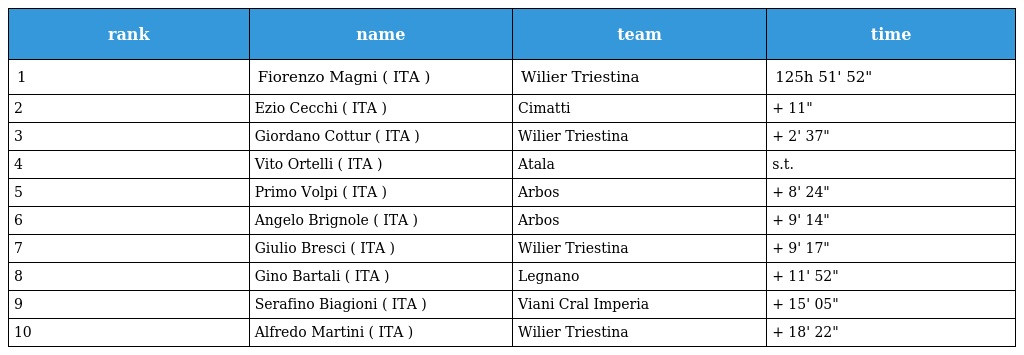
| rank | name | team | time |
 | --- | --- | --- | --- |
 | 1 | Fiorenzo Magni ( ITA ) | Wilier Triestina | 125h 51' 52" |
 | 2 | Ezio Cecchi ( ITA ) | Cimatti | + 11" |
 | 3 | Giordano Cottur ( ITA ) | Wilier Triestina | + 2' 37" |
 | 4 | Vito Ortelli ( ITA ) | Atala | s.t. |
 | 5 | Primo Volpi ( ITA ) | Arbos | + 8' 24" |
 | 6 | Angelo Brignole ( ITA ) | Arbos | + 9' 14" |
 | 7 | Giulio Bresci ( ITA ) | Wilier Triestina | + 9' 17" |
 | 8 | Gino Bartali ( ITA ) | Legnano | + 11' 52" |
 | 9 | Serafino Biagioni ( ITA ) | Viani Cral Imperia | + 15' 05" |
 | 10 | Alfredo Martini ( ITA ) | Wilier Triestina | + 18' 22" |